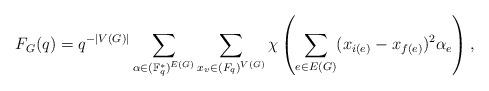
LaTeX: \begin{align*}F_G (q) = q^{ - |V(G)|}\sum_{\alpha \in (\mathbb F_q^*)^{E(G)}}\sum_{ x_v \in \mathbb (F_q)^{V(G)}}\chi\left( \sum_{e\in E(G)} (x_{i(e)} - x_{f(e)} )^2\alpha_e \right),\end{align*}